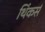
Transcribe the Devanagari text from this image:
थिंकर्स